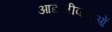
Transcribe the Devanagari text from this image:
आद्यजीवाणुओं